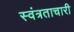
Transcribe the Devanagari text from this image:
स्वंत्रताचारी